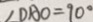
\angle D A O = 9 0 ^ { \circ }